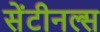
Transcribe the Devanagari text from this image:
सेंटीनल्स